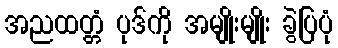
အညထတ္တံ ပုဒ်ကို အမျိုးမျိုး ခွဲပြပုံ